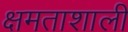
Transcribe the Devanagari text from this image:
क्षमताशाली